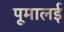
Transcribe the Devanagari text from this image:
पूमालई